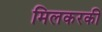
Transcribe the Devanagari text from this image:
मिलकरकी